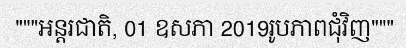
"""អន្តរជាតិ, 01 ឧសភា 2019រូបភាពជុំវិញ"""